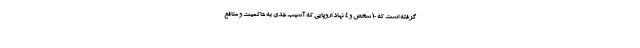
گرفته است که 10 شخص و 4 نهاد اروپایی که آسیب جدی به حاکمیت و منافع